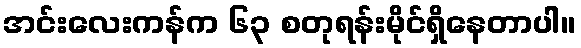
အင်းလေးကန်က ၆၃ စတုရန်းမိုင်ရှိနေတာပါ။